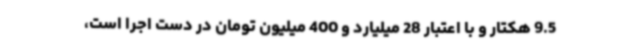
9.5 هکتار و با اعتبار 28 میلیارد و 400 میلیون تومان در دست اجرا است،